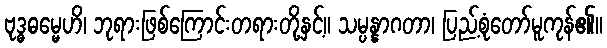
ဗုဒ္ဓဓမ္မေဟိ၊ ဘုရားဖြစ်ကြောင်းတရားတို့နှင့်။ သမ္ပန္နာဂတာ၊ ပြည့်စုံတော်မူကုန်၏။